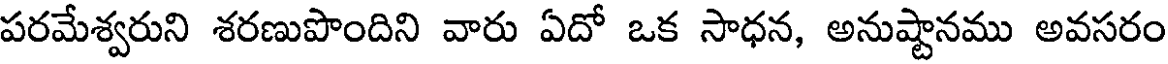
పరమేశ్వరుని శరణుపొందిని వారు ఏదో ఒక సాధన, అనుష్టానము అవసరం